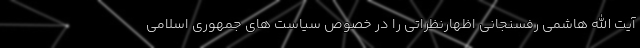
آیت الله هاشمی رفسنجانی اظهارنظراتی را در خصوص سیاست های جمهوری اسلامی